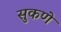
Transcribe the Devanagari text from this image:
सुकणे